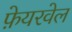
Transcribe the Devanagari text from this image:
फ़ेयरवेल